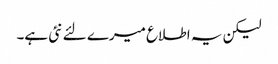
لیکن یہ اطلاع میرے لئے نئی ہے۔